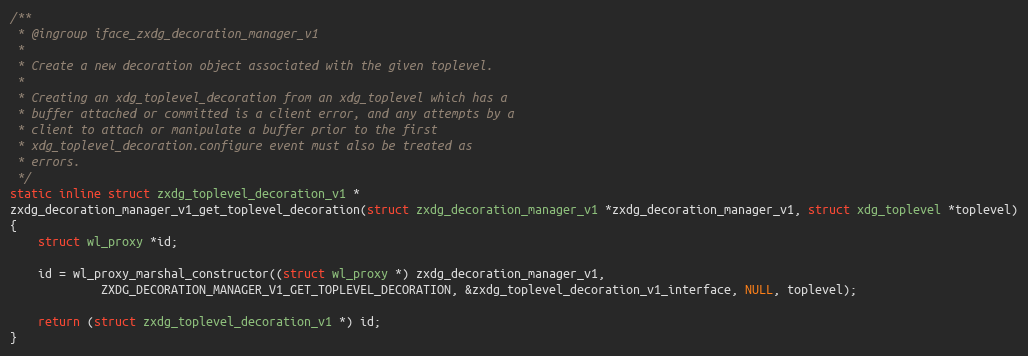
Language: C
/**
 * @ingroup iface_zxdg_decoration_manager_v1
 *
 * Create a new decoration object associated with the given toplevel.
 *
 * Creating an xdg_toplevel_decoration from an xdg_toplevel which has a
 * buffer attached or committed is a client error, and any attempts by a
 * client to attach or manipulate a buffer prior to the first
 * xdg_toplevel_decoration.configure event must also be treated as
 * errors.
 */
static inline struct zxdg_toplevel_decoration_v1 *
zxdg_decoration_manager_v1_get_toplevel_decoration(struct zxdg_decoration_manager_v1 *zxdg_decoration_manager_v1, struct xdg_toplevel *toplevel)
{
	struct wl_proxy *id;

	id = wl_proxy_marshal_constructor((struct wl_proxy *) zxdg_decoration_manager_v1,
			 ZXDG_DECORATION_MANAGER_V1_GET_TOPLEVEL_DECORATION, &zxdg_toplevel_decoration_v1_interface, NULL, toplevel);

	return (struct zxdg_toplevel_decoration_v1 *) id;
}